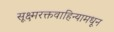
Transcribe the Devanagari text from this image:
सूक्ष्मरक्तवाहिन्यामधून